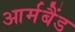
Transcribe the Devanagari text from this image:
आर्मबैंड